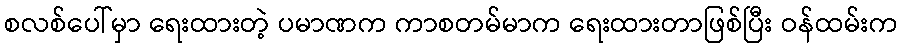
စလစ်ပေါ်မှာ ရေးထားတဲ့ ပမာဏက ကာစတမ်မာက ရေးထားတာဖြစ်ပြီး ဝန်ထမ်းက